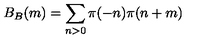
B _ { B } ( m ) = \sum _ { n > 0 } \pi ( - n ) \pi ( n + m )